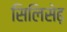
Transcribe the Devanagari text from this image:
सिलिसेढ़